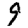
Digit: 9